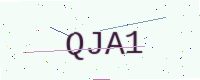
Text: QJA1